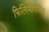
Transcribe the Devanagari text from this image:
फिलिप्पोपोलिस